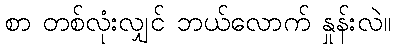
စာ တစ်လုံးလျှင် ဘယ်လောက် နှုန်းလဲ။